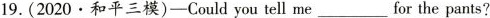
19.(2020·和平三模)-Could you tell me___for the pants?